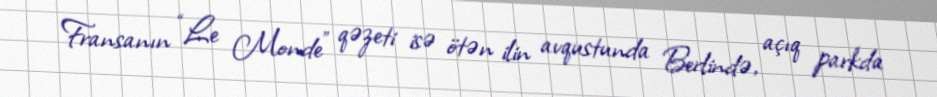
Fransanın “Le Monde” qəzeti isə ötən ilin avqustunda Berlində, açıq parkda